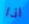
اذا